Emmaste_vallavalitsus, lk 43
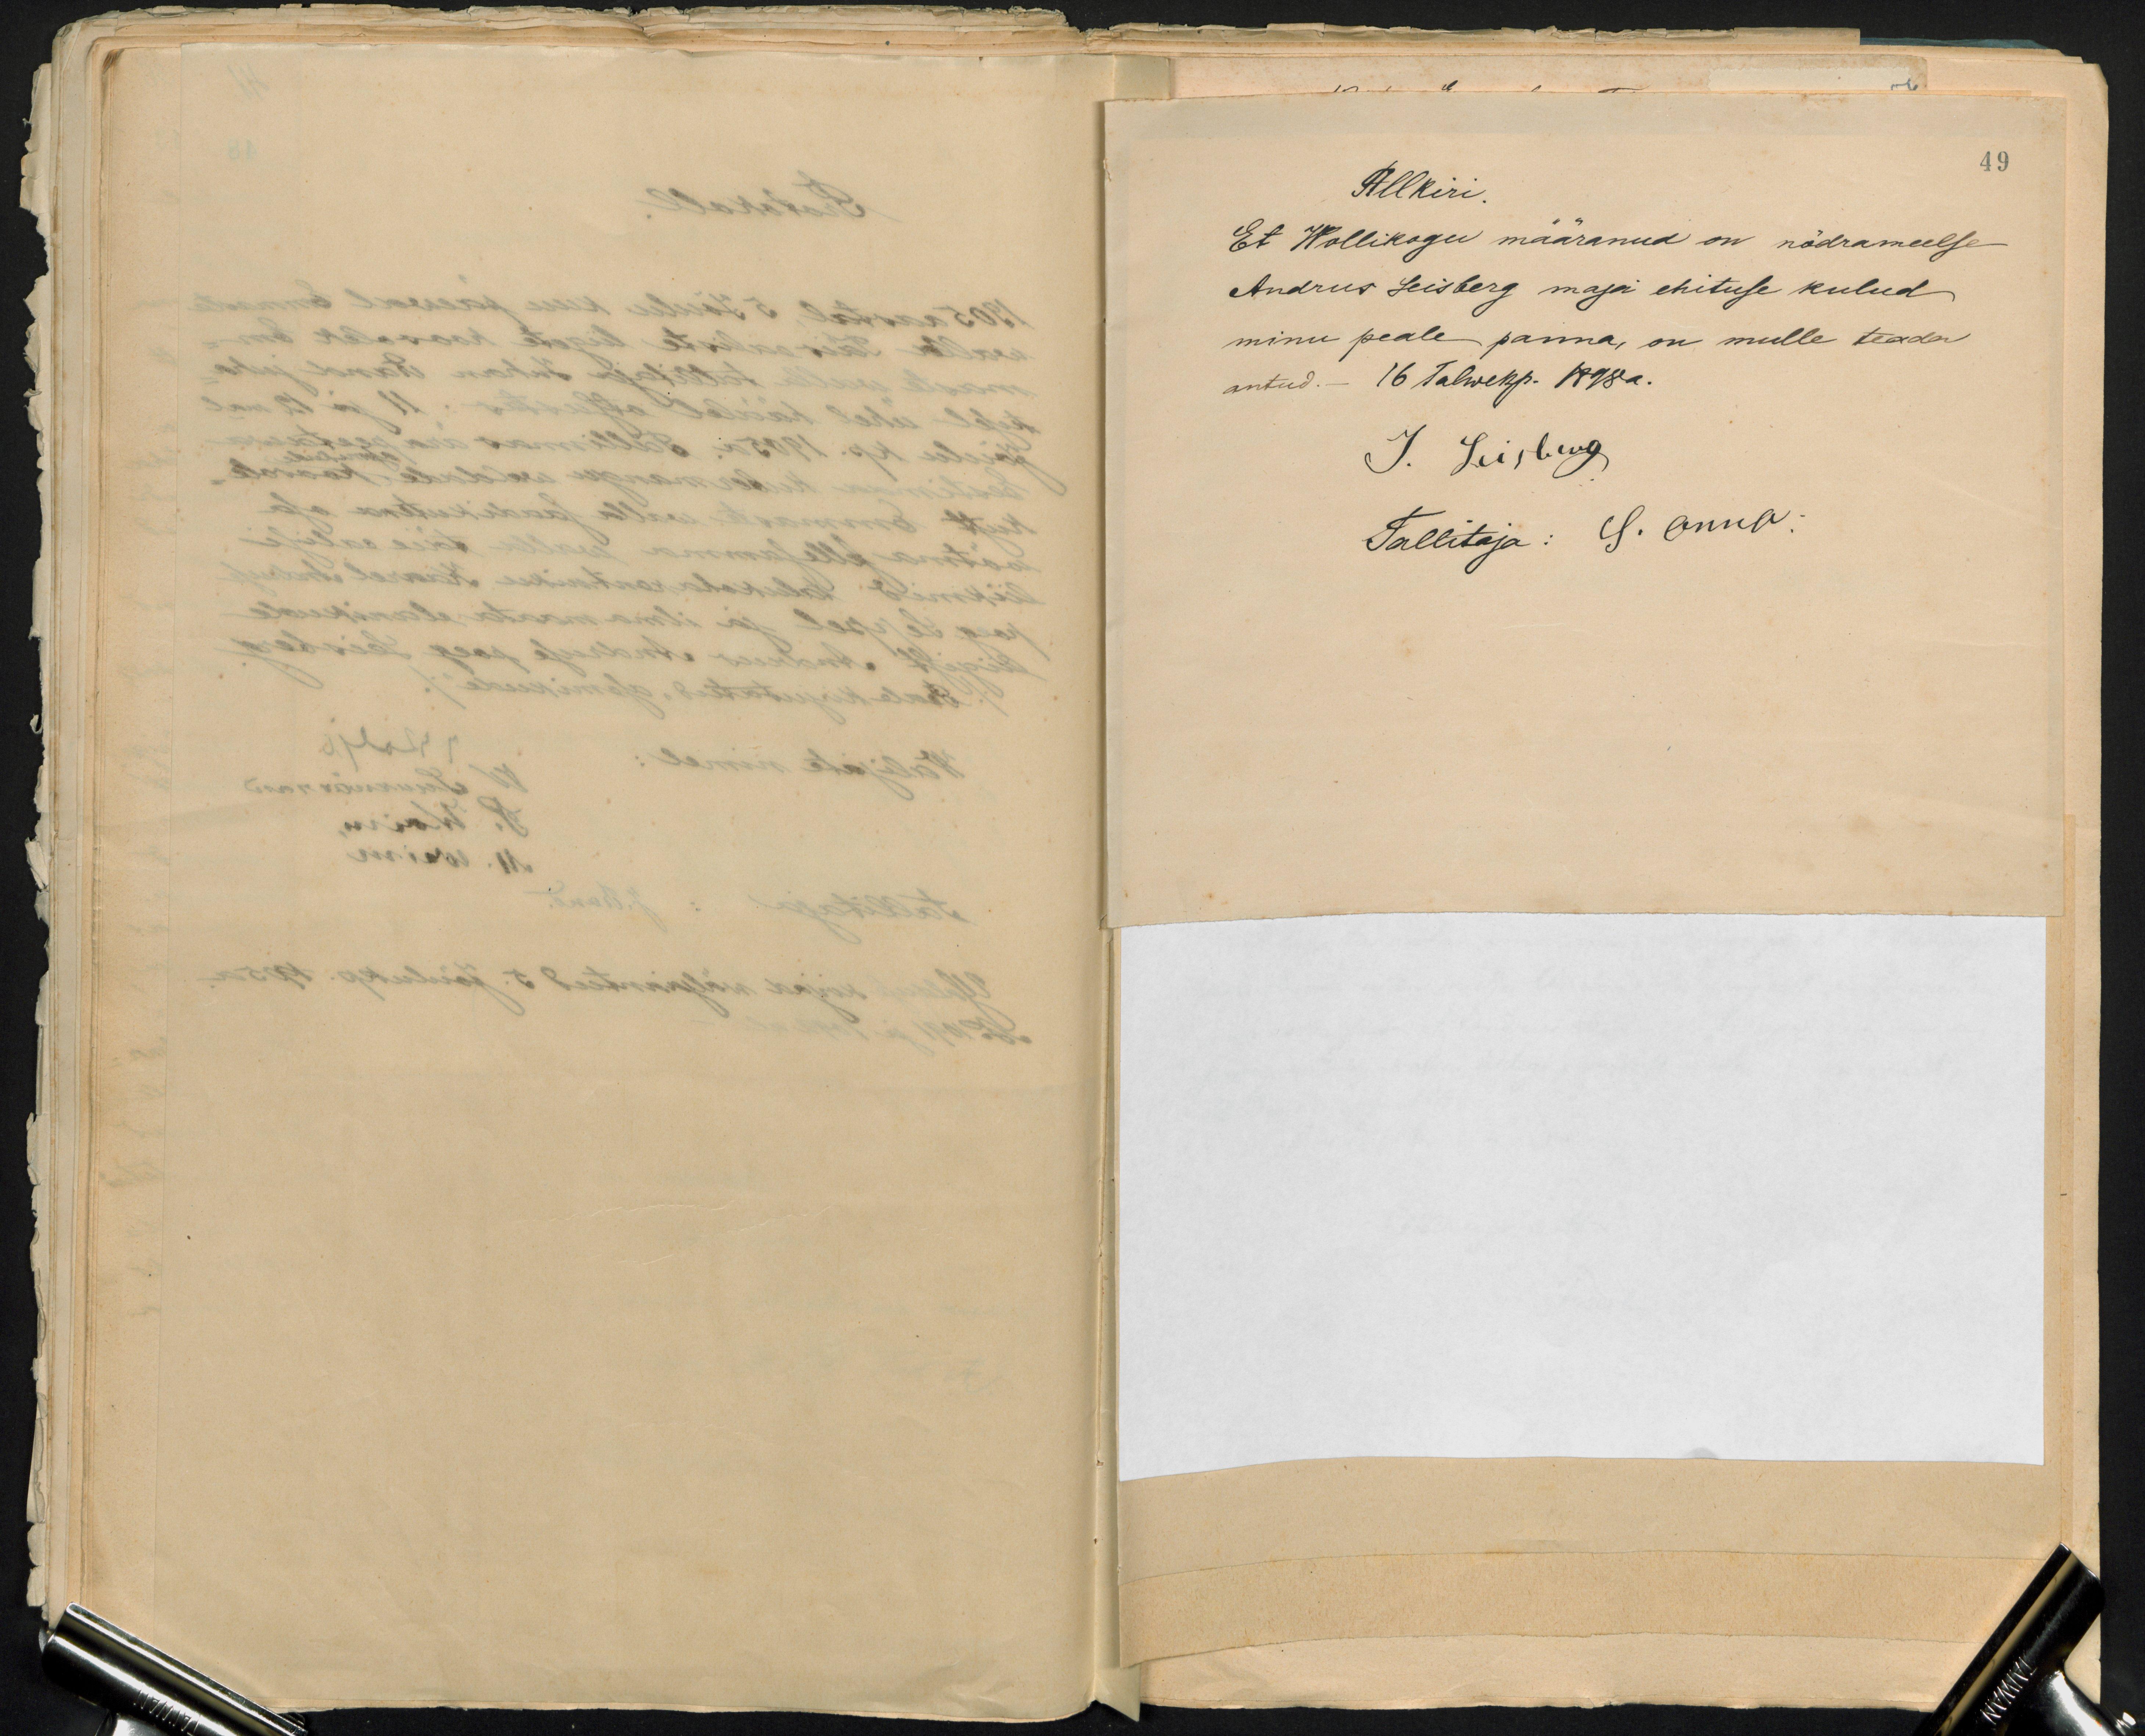
49
Allkiri
Et Wollikogu määranud on nõdrameelse
Andrus Leisberg maja ehituse kulud
minu peale panna, on mulle teada
antud. - 16 Talwekp. 1898a.
J. Leisberg
Tallitaja: S. Onno: